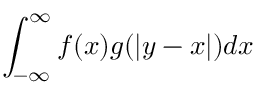
\int _ { - \infty } ^ { \infty } f ( x ) g ( | y - x | ) d x